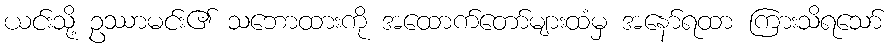
ယင်းသို့ ဥဿာမင်း၏ သဘောထားကို အထောက်တော်များထံမှ အနော်ရထာ ကြားသိရသော်